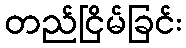
တည်ငြိမ်ခြင်း